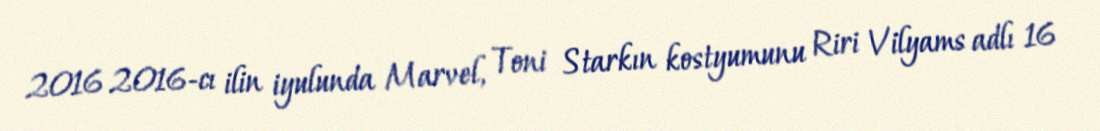
2016 2016-cı ilin iyulunda Marvel, Toni Starkın kostyumunu Riri Vilyams adlı 16